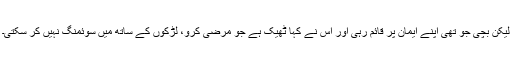
لیکن بچی جو تھی اپنے ایمان پر قائم رہی اور اُس نے کہا ٹھیک ہے جو مرضی کرو، لڑکوں کے ساتھ میں سوئمنگ نہیں کر سکتی۔